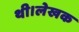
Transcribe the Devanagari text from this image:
थी।लेखक